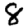
Digit: 8